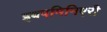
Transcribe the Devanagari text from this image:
इबपमिनिएरी